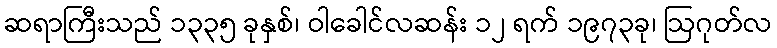
ဆရာကြီးသည် ၁၃၃၅ ခုနှစ်၊ ဝါခေါင်လဆန်း ၁၂ ရက် ၁၉၇၃ခု၊ ဩဂုတ်လ